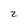
Character: 2